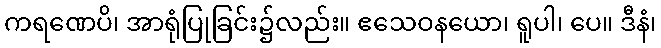
ကရဏေပိ၊ အာရုံပြုခြင်း၌လည်း။ ဧသေဝနယော၊ ရူပါ၊ ပေ။ ဒီနံ၊